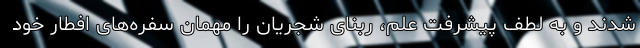
شدند و به لطف پیشرفت علم، ربنای شجریان را مهمان سفره‌های افطار خود